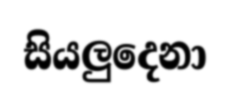
සියලුදෙනා